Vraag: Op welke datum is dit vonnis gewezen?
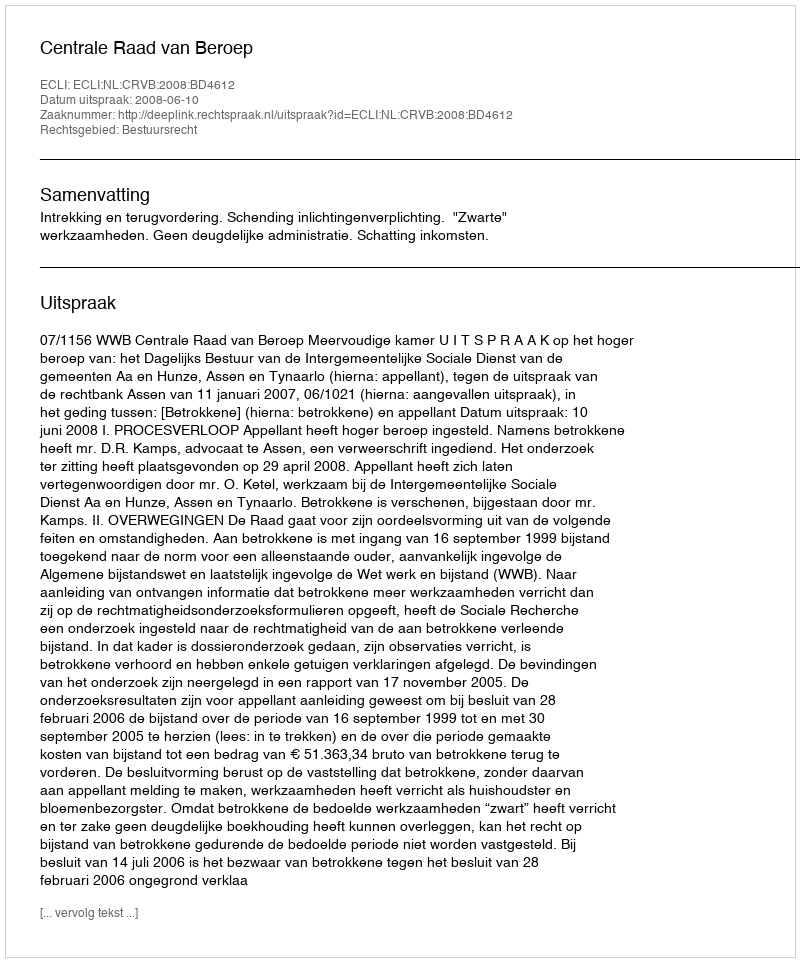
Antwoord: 2008-06-10